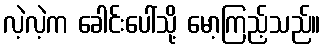
လဲ့လဲ့က ခေါင်းပေါ်သို့ မော့ကြည့်သည်။